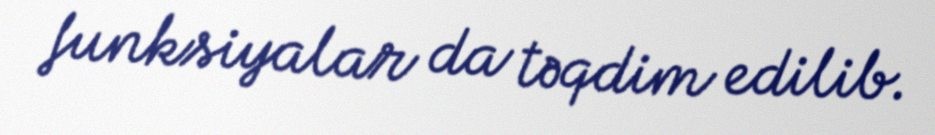
funksiyalar da təqdim edilib.